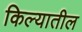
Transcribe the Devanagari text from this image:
किल्यातील